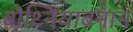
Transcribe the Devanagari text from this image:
बोथ्नियाबनान